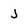
Character: j